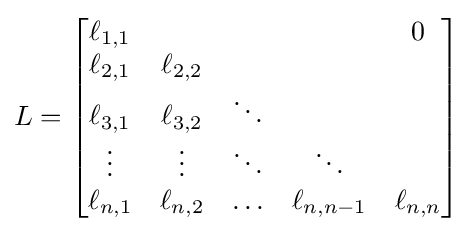
L={\begin{bmatrix}\ell _{1,1}&&&&0\\\ell _{2,1}&\ell _{2,2}&&&\\\ell _{3,1}&\ell _{3,2}&\ddots &&\\\vdots &\vdots &\ddots &\ddots &\\\ell _{n,1}&\ell _{n,2}&\ldots &\ell _{n,n-1}&\ell _{n,n}\end{bmatrix}}